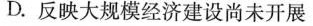
D.反映大规模经济建设尚未开展